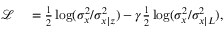
\begin{array} { r l } { \mathcal { L } } & { { } = \frac { 1 } { 2 } \log ( \sigma _ { x } ^ { 2 } / \sigma _ { x | z } ^ { 2 } ) - \gamma \frac { 1 } { 2 } \log ( \sigma _ { x } ^ { 2 } / \sigma _ { x | L } ^ { 2 } ) , } \end{array}